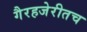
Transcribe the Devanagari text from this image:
गैरहजेरीतच